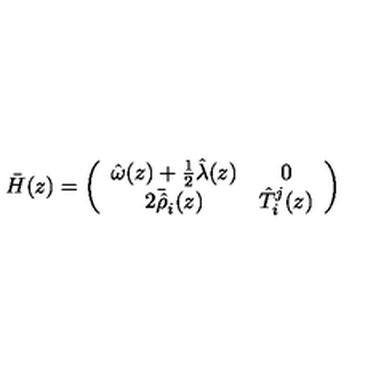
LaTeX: \bar { H } ( z ) = \left( \begin{array} { c c } { \hat { \omega } ( z ) + \textstyle { \frac { 1 } { 2 } } \hat { \lambda } ( z ) } & { 0 } \\ { 2 \bar { \hat { \rho } } _ { i } ( z ) } & { \hat { T } _ { i } ^ { j } ( z ) } \\ \end{array} \right)